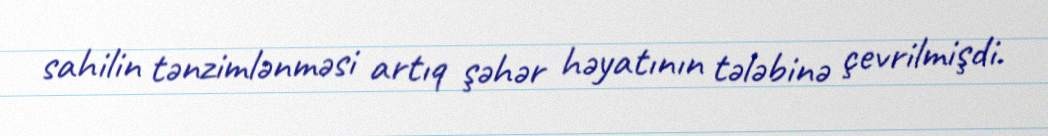
sahilin tənzimlənməsi artıq şəhər həyatının tələbinə çevrilmişdi.